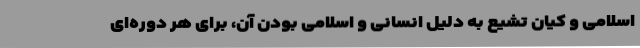
اسلامی و کیان تشیع به دلیل انسانی و اسلامی بودن آن، برای هر دوره‌ای